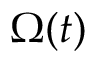
\Omega ( t )